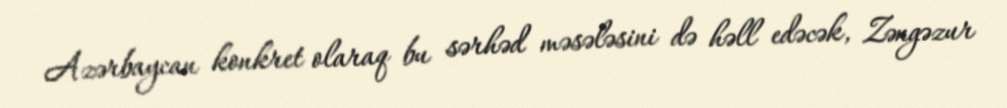
Azərbaycan konkret olaraq bu sərhəd məsələsini də həll edəcək, Zəngəzur